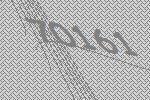
70161